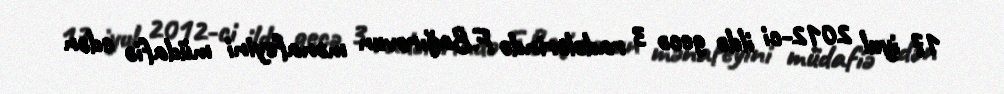
17 iyul 2012-ci ildə gecə 3 radələrində F.Bağırovun mənafeyini müdafiə edən